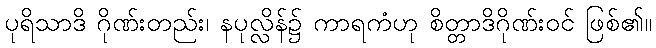
ပုရိသာဒိ ဂိုဏ်းတည်း၊ နပုလ္လိန်၌ ကာရကံဟု စိတ္တာဒိဂိုဏ်းဝင် ဖြစ်၏။